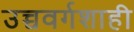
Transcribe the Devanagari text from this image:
उच्चवर्गशाही